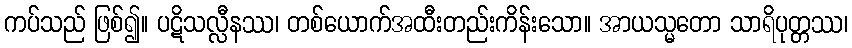
ကပ်သည် ဖြစ်၍။ ပဋိသလ္လီနဿ၊ တစ်ယောက်အထီးတည်းကိန်းသော။ အာယသ္မတော သာရိပုတ္တဿ၊